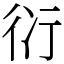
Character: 𧗠